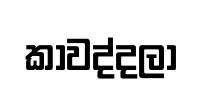
කාවද්දලා